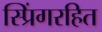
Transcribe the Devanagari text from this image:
स्प्रिंगरहित